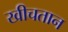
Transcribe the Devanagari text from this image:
खीचतान